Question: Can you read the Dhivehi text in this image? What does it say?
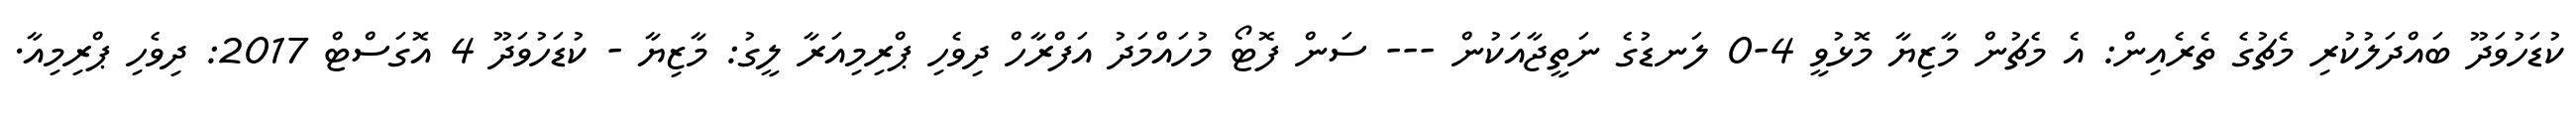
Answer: ކުޑަހުވަދޫ ބައްދަލުކުރި މެޗުގެ ތެރެއިން: އެ މެޗުން މާޒިޔާ މޮޅުވީ 4-0 ލަނޑުގެ ނަތީޖާއަކުން --- ސަން ފޮޓޯ މުހައްމަދު އަފްރާހް ދިވެހި ޕްރިމިއަރާ ލީގު: މާޒިޔާ - ކުޑަހުވަދޫ 4 އޮގަސްޓް 2017: ދިވެހި ޕްރިމިއާ.